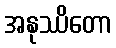
အနုဿိတော